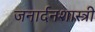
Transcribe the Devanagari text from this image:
जनार्दनशास्त्री